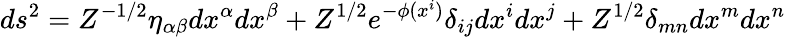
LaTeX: ds^{2}=Z^{-1/2}\eta_{\alpha\beta}dx^{\alpha}dx^{\beta}+Z^{1/2}e^{-\phi(x^{i})}\delta_{ij}dx^{i}dx^{j}+Z^{1/2}\delta_{mn}dx^{m}dx^{n}